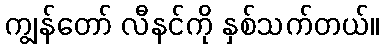
ကျွန်တော် လီနင်ကို နှစ်သက်တယ်။